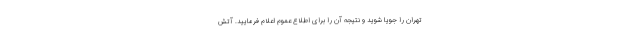
تهران را جویا شوید و نتیجه آن را برای اطلاع عموم اعلام فرمایید. آتش